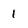
Character: 1